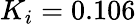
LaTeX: K_{i}=0.106